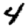
Digit: 4